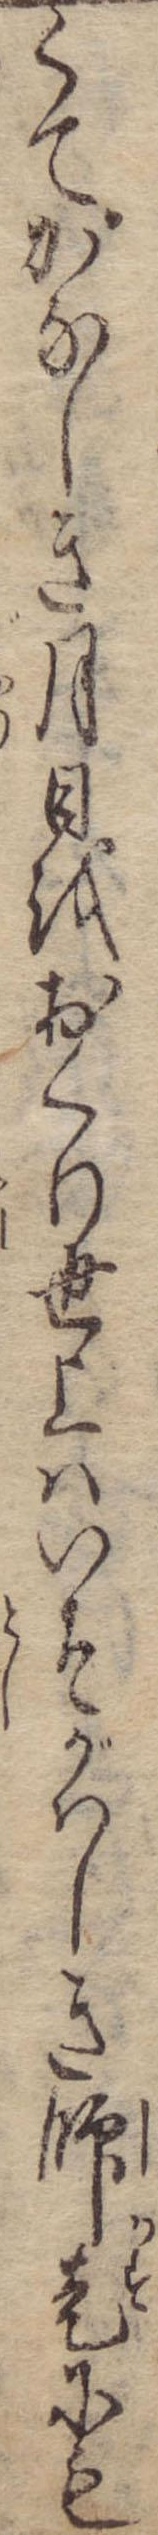
くてかなしき月日をおくり世上はいそがはしき師走にも